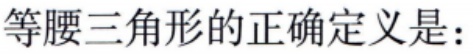
等腰三角形的正确定义是：